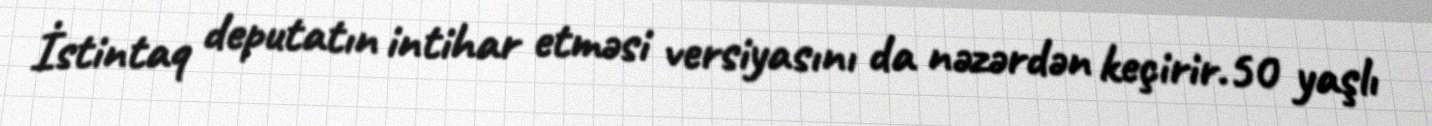
İstintaq deputatın intihar etməsi versiyasını da nəzərdən keçirir.50 yaşlı